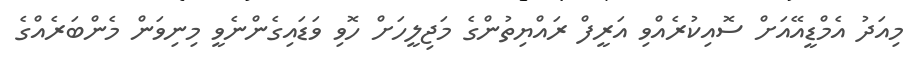
މިއަދު އެމްޑީއޭއަށް ސޮއިކުރެއްވި އަރީފް ރައްޔިތުންގެ މަޖިލީހަށް ހޮވި ވަޑައިގެންނެވީ މިނިވަން މެންބަރެއްގެ